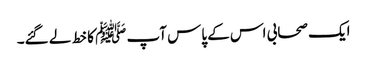
ایک صحابی اس کے پاس آپ ﷺ کا خط لے گئے۔